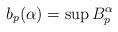
LaTeX: \begin{align*}b_p(\alpha) =\sup B^\alpha_p\end{align*}